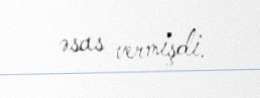
əsas vermişdi.